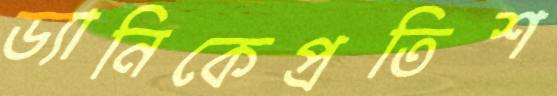
ড্যানিকেপ্রতিশ